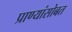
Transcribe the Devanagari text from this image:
प्राण्यांसोबत